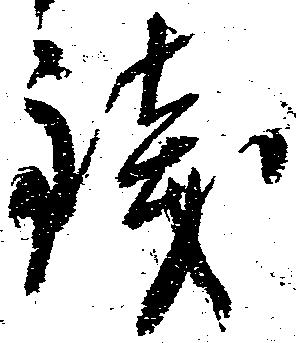
銭